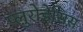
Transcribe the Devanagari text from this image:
प्लुरोडेसिस